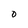
Character: 0